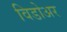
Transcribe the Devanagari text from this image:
विडोअर